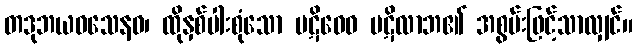
တဒုဘယဝသေနဝ၊ ထိုနှစ်ပါးစုံသော ပဋိဝေဓ ပဋိလာဘ၏ အစွမ်းဖြင့်သာလျှင်။